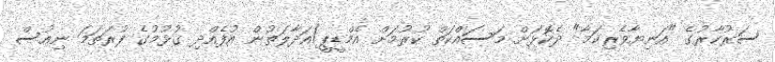
ސަރުކާރުގެ "އަނިޔާވެރިކަމާ" ދެކޮޅަށް މަސައްކަތް ކުރުމަށް އެމްޑީޕީ/އަދާލަތުން އުފެއްދި ގުޅުމުގެ ފުރަތަމަ ނިއުސް